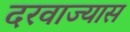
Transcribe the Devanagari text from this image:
दरवाज्यास